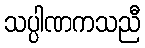
သပ္ပါဏကသညီ